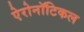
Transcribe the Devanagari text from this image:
ऐरोनॉटिकल